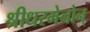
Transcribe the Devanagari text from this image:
श्रीधरमेनोन्